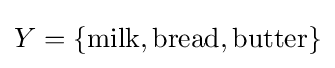
Y=\{\mathrm {milk,bread,butter} \}